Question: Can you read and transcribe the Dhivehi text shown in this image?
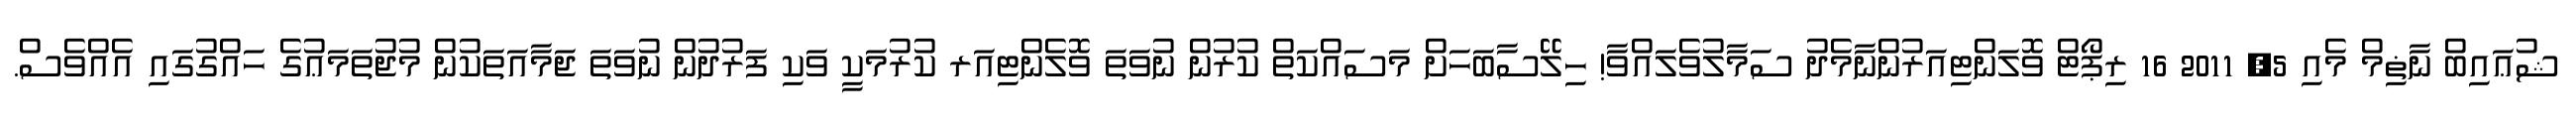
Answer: ޝުޢައިބް ނާޡިމް މެއި 5, 2011 16 ރިޕޯޓް ވޮލަންޓިއަރުންނާމެދު ސަމާލުވެލައްވާ! ހިލޭސާބަހަށް މަސައްކަތް ކުރުން ނުވަތަ ވޮލެންޓިއަރ ކުރުމަކީ ވަކި ފަރުދުން ނުވަތަ ޖަމާއަތަކުން މުޖުތަމަޢުގެ ހައްގުގައި އެއްވެސް.